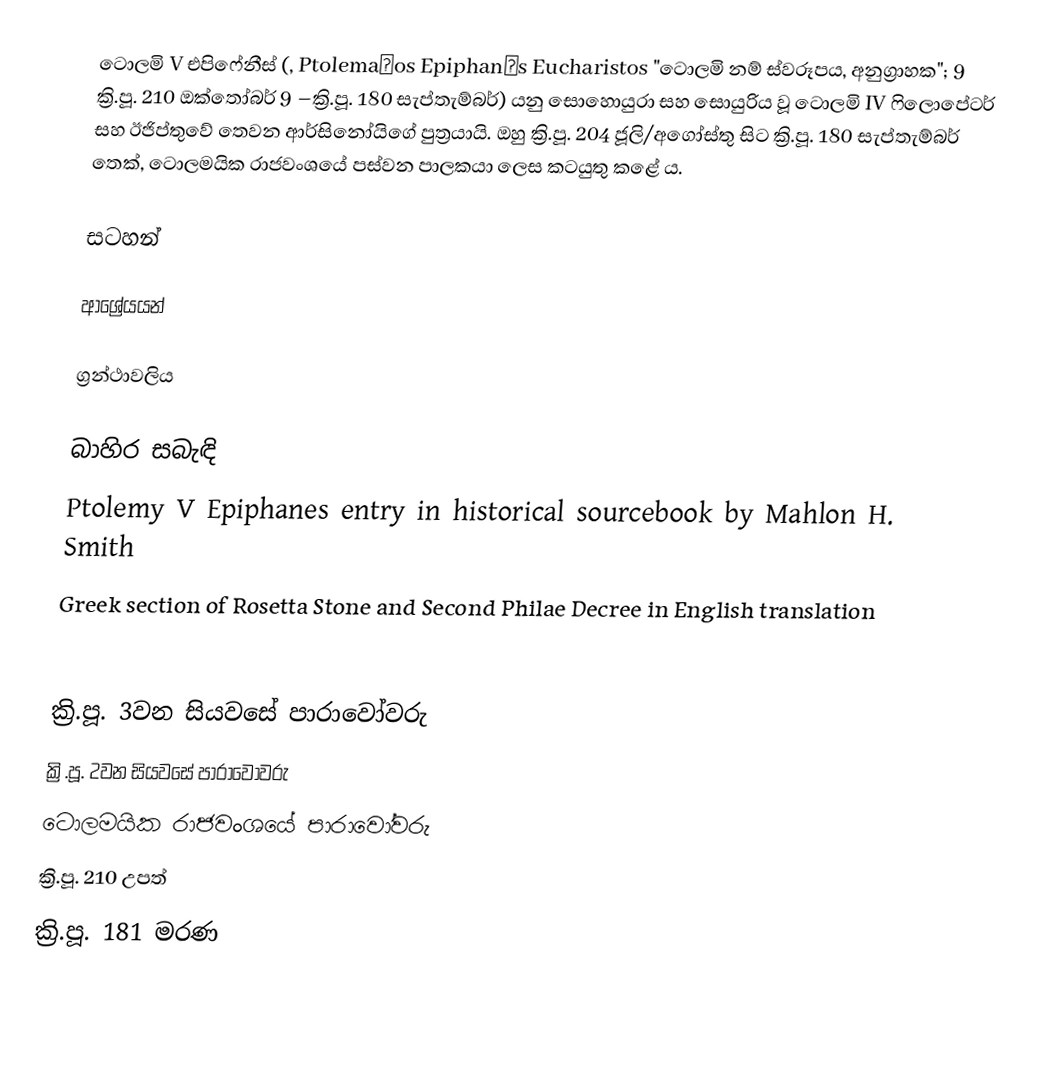
ටොලමි V එපිෆේනීස් (, Ptolemaĩos Epiphanḗs Eucharistos "ටොලමි නම් ස්වරූපය, අනුග්‍රාහක"; 9 ක්‍රි.පූ. 210 ඔක්තෝබර් 9 –ක්‍රි.පූ. 180 සැප්තැම්බර්) යනු සොහොයුරා සහ සොයුරිය වූ ටොලමි IV ෆිලොපේටර් සහ ඊජිප්තුවේ තෙවන ආර්සිනෝයිගේ පුත්‍රයායි. ඔහු ක්‍රි.පූ. 204 ජූලි/අගෝස්තු සිට ක්‍රි.පූ. 180 සැප්තැම්බර් තෙක්, ටොලමයික රාජවංශයේ පස්වන පාලකයා ලෙස කටයුතු කළේ ය.

සටහන්

ආශ්‍රේයයන්

ග්‍රන්ථාවලිය

බාහිර සබැඳි
 Ptolemy V Epiphanes entry in historical sourcebook by Mahlon H. Smith
 Greek section of Rosetta Stone and Second Philae Decree in English translation

ක්‍රි.පූ. 3වන සියවසේ පාරාවෝවරු
ක්‍රි.පූ. 2වන සියවසේ පාරාවෝවරු
ටොලමයික රාජවංශයේ පාරාවෝවරු
ක්‍රි.පූ. 210 උපත්
ක්‍රි.පූ. 181 මරණ